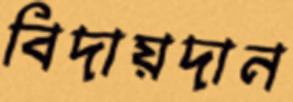
বিদায়দান